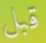
قبل